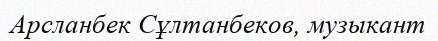
Арсланбек Сұлтанбеков, музыкант